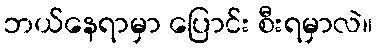
ဘယ်နေရာမှာ ပြောင်း စီးရမှာလဲ။